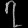
Digit: ၇